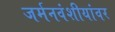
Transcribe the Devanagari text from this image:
जर्मनवंशीयांवर